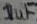
Text: 1uF